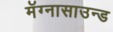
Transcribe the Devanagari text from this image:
मॅग्नासाउन्ड